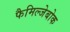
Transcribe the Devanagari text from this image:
फैमिल्जेबोक